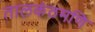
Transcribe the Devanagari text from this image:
तालकंठमणि